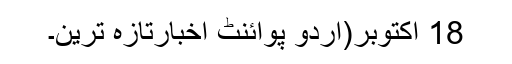
18 اکتوبر(اُردو پوائنٹ اخبارتازہ ترین۔